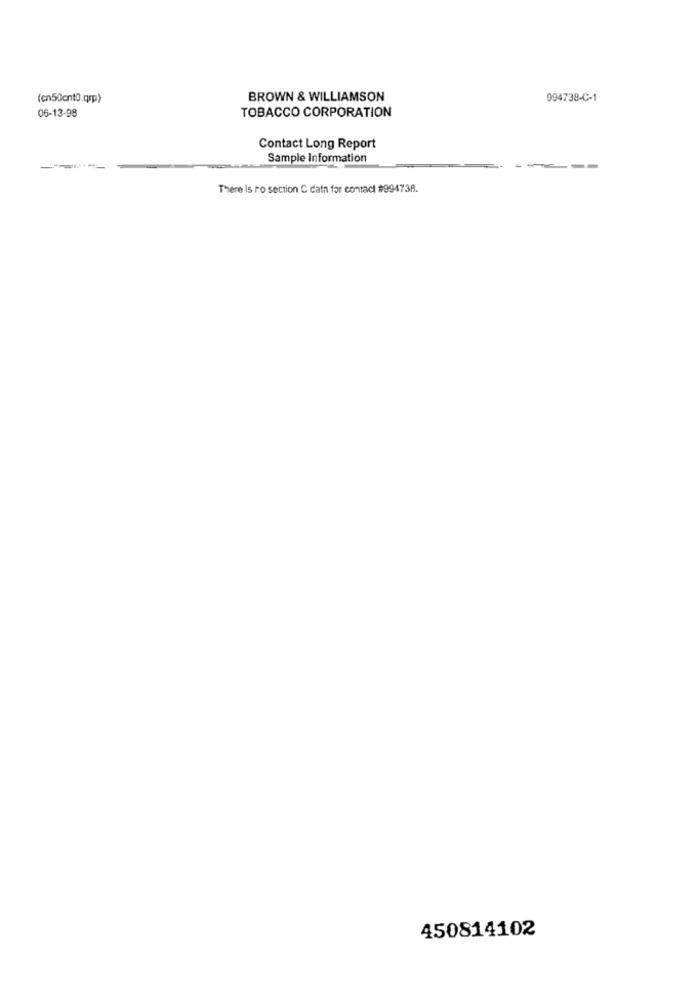
(cn50cnt0.qrp)
BROWN & WILLIAMSON
994738-C-1
06-13-98
TOBACCO CORPORATION
Contact Long Report
Sample Information
There Is ro section C data for contact #994738.
450814102